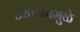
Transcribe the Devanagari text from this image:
ज्याच्यामुळे